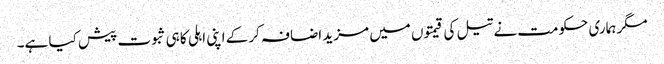
مگر ہماری حکومت نے تیل کی قیمتوں میں مزید اضافہ کر کے اپنی اہلی کا ہی ثبوت پیش کیا ہے۔